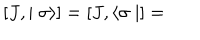
LaTeX: \left[ J , \mid \sigma \rangle \right] = \left[ J , \langle \sigma \mid \right] =